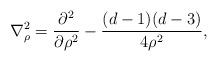
LaTeX: \begin{align*}{\bf \nabla}^2_{\rho} = \frac{\partial^2}{\partial \rho^2} - \frac{(d-1)(d-3)}{4 \rho^2},\end{align*}